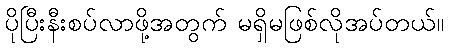
ပိုပြီးနီးစပ်လာဖို့အတွက် မရှိမဖြစ်လိုအပ်တယ်။